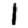
Digit: 1